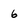
Character: 6